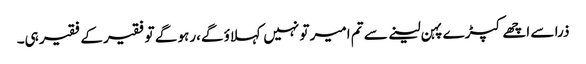
ذرا سے اچھے کپڑے پہن لینے سے تم امیر تو نہیں کہلاؤ گے،رہو گے تو فقیر کے فقیر ہی۔